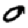
Digit: 0